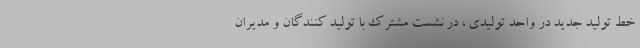
خط تولید جدید در واحد تولیدی ، در نشست مشترک با تولید کنندگان و مدیران